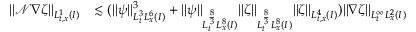
\begin{array} { r l } { \| \mathcal { N } \nabla \zeta \| _ { L _ { t , x } ^ { 1 } ( I ) } } & { \lesssim ( \| \psi \| _ { L _ { t } ^ { 3 } L _ { x } ^ { 6 } ( I ) } ^ { 3 } + \| \psi \| _ { L _ { t } ^ { \frac { 8 } { 3 } } L _ { x } ^ { 8 } ( I ) } \| \zeta \| _ { L _ { t } ^ { \frac { 8 } { 3 } } L _ { x } ^ { 8 } ( I ) } \| \zeta \| _ { L _ { t , x } ^ { 4 } ( I ) } ) \| \nabla \zeta \| _ { L _ { t } ^ { \infty } L _ { x } ^ { 2 } ( I ) } } \end{array}